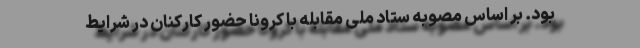
بود. بر اساس مصوبه ستاد ملی مقابله با کرونا حضور کارکنان در شرایط